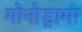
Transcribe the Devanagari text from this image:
मोनोड्रामा